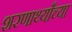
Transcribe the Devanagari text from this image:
शरणार्थ्यांच्या